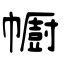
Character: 幮